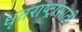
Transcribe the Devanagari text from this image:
धृतराष्ट्रासाठी